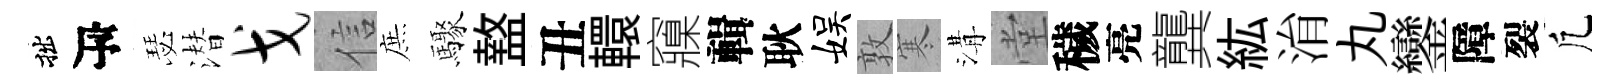
拙瓴瑟潜戈信庶驟盩丑轘䆿輯耿娱敦寒溝堂穢亮龔紘㳙丸鑾障裂凢